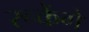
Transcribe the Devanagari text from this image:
रूकेंगे